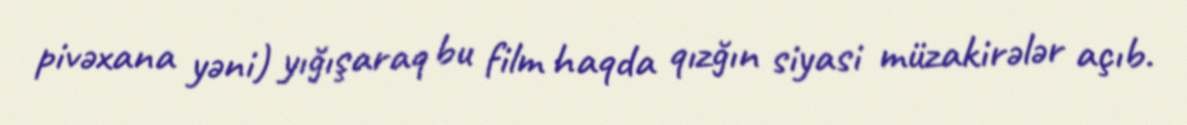
pivəxana yəni) yığışaraq bu film haqda qızğın siyasi müzakirələr açıb.